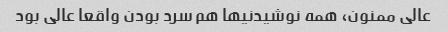
عالی ممنون، همه نوشیدنیها هم سرد بودن واقعا عالی بود